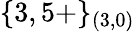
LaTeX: \{ 3,5+\} _{(3,0)}